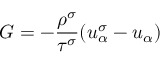
G = - \frac { \rho ^ { \sigma } } { \tau ^ { \sigma } } ( u _ { \alpha } ^ { \sigma } - u _ { \alpha } )